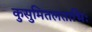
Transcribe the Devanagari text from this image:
कुसुमितलताभिः